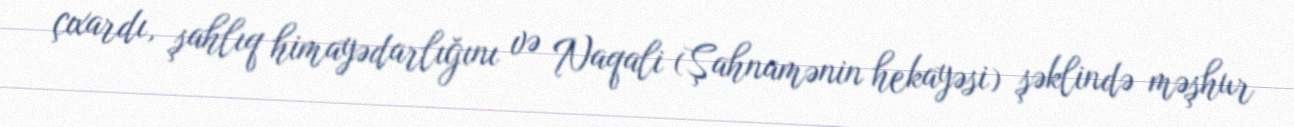
çıxardı, şahlıq himayədarlığını və Naqali (Şahnamənin hekayəsi) şəklində məşhur